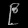
Digit: ၉